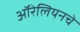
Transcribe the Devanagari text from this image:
ऑरेलियनचे